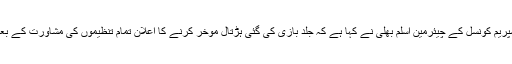
انجمن تاجران سپریم کونسل کے چیئرمین اسلم بھلی نے کہا ہے کہ جلد بازی کی گئی ہڑتال موخر کرنے کا اعلان تمام تنظیموں کی مشاورت کے بعد کرنا بہتر تھا۔